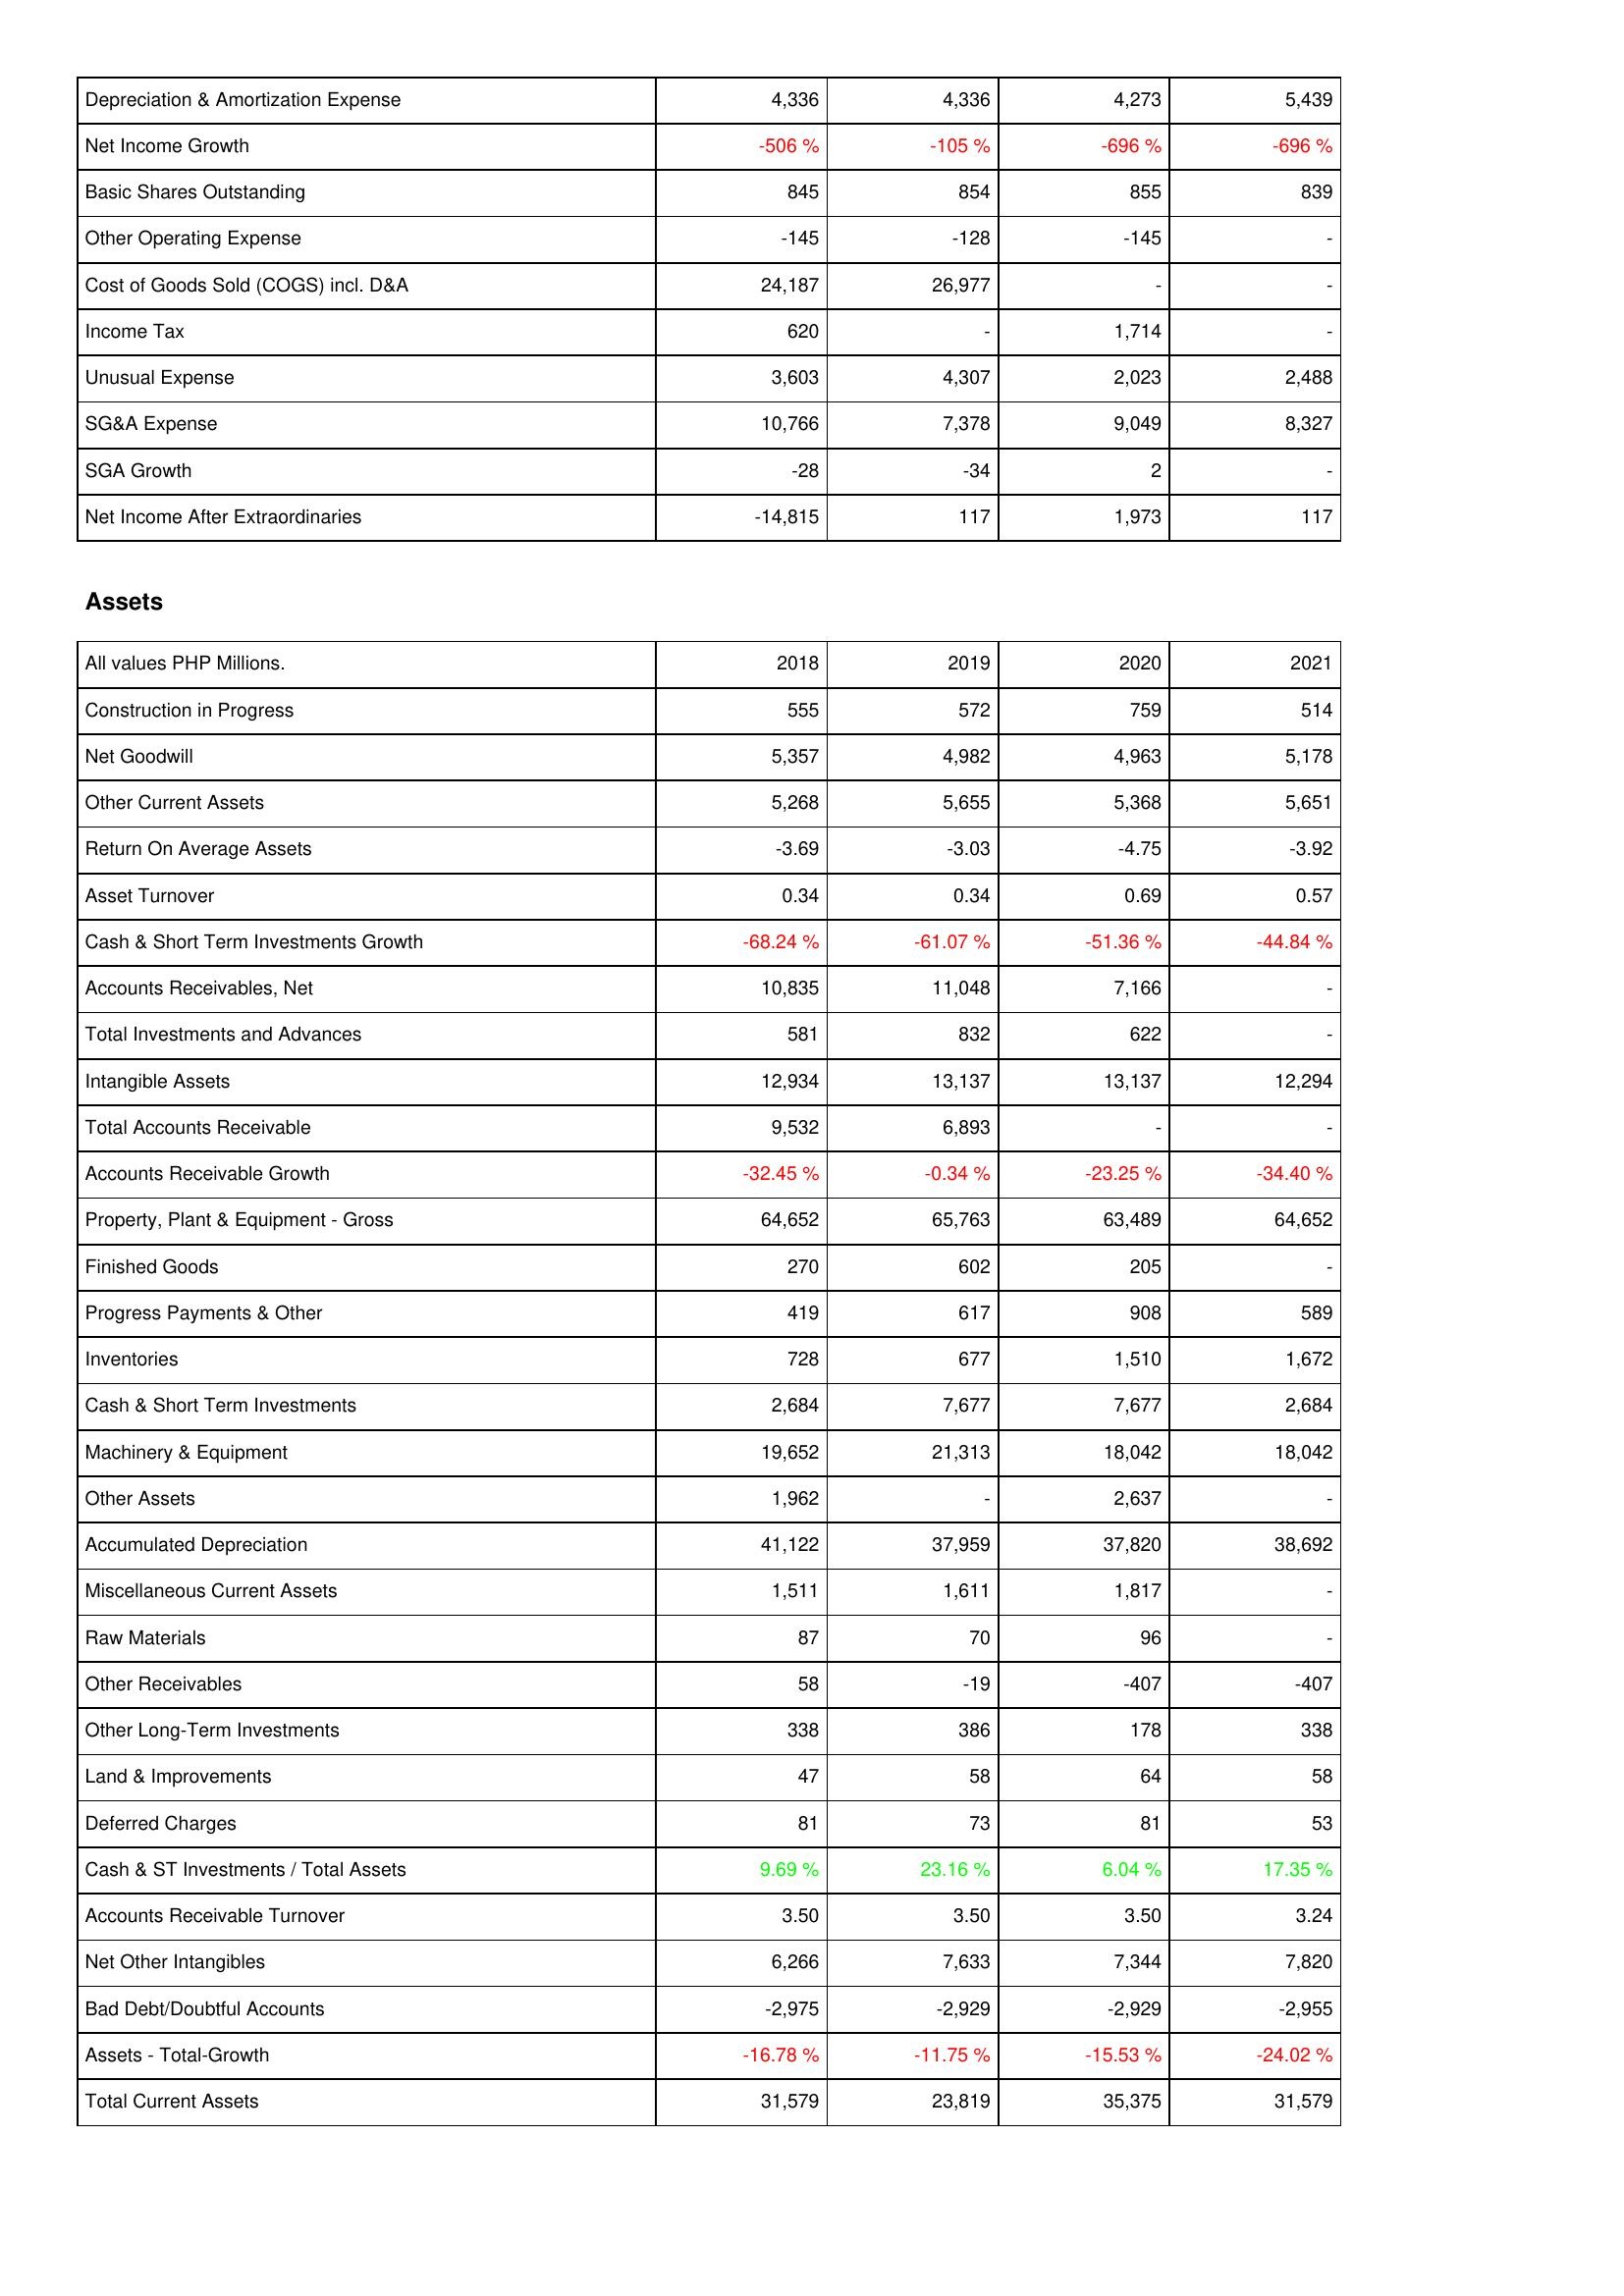
2018: Income Statement: Depreciation & Amortization Expense: 4,336
Net Income Growth: -506 %
Basic Shares Outstanding: 845
Other Operating Expense: -145
Cost of Goods Sold (COGS) incl. D&A: 24,187
Income Tax: 620
Unusual Expense: 3,603
SG&A Expense: 10,766
SGA Growth: -28
Net Income After Extraordinaries: -14,815
Assets: Construction in Progress: 555
Net Goodwill: 5,357
Other Current Assets: 5,268
Return On Average Assets: -3.69
Asset Turnover: 0.34
Cash & Short Term Investments Growth: -68.24 %
Accounts Receivables, Net: 10,835
Total Investments and Advances: 581
Intangible Assets: 12,934
Total Accounts Receivable: 9,532
Accounts Receivable Growth: -32.45 %
Property, Plant & Equipment - Gross: 64,652
Finished Goods: 270
Progress Payments & Other: 419
Inventories: 728
Cash & Short Term Investments: 2,684
Machinery & Equipment: 19,652
Other Assets: 1,962
Accumulated Depreciation: 41,122
Miscellaneous Current Assets: 1,511
Raw Materials: 87
Other Receivables: 58
Other Long-Term Investments: 338
Land & Improvements: 47
Deferred Charges: 81
Cash & ST Investments / Total Assets: 9.69 %
Accounts Receivable Turnover: 3.50
Net Other Intangibles: 6,266
Bad Debt/Doubtful Accounts: -2,975
Assets - Total-Growth: -16.78 %
Total Current Assets: 31,579
2019: Income Statement: Depreciation & Amortization Expense: 4,336
Net Income Growth: -105 %
Basic Shares Outstanding: 854
Other Operating Expense: -128
Cost of Goods Sold (COGS) incl. D&A: 26,977
Income Tax: -
Unusual Expense: 4,307
SG&A Expense: 7,378
SGA Growth: -34
Net Income After Extraordinaries: 117
Assets: Construction in Progress: 572
Net Goodwill: 4,982
Other Current Assets: 5,655
Return On Average Assets: -3.03
Asset Turnover: 0.34
Cash & Short Term Investments Growth: -61.07 %
Accounts Receivables, Net: 11,048
Total Investments and Advances: 832
Intangible Assets: 13,137
Total Accounts Receivable: 6,893
Accounts Receivable Growth: -0.34 %
Property, Plant & Equipment - Gross: 65,763
Finished Goods: 602
Progress Payments & Other: 617
Inventories: 677
Cash & Short Term Investments: 7,677
Machinery & Equipment: 21,313
Other Assets: -
Accumulated Depreciation: 37,959
Miscellaneous Current Assets: 1,611
Raw Materials: 70
Other Receivables: -19
Other Long-Term Investments: 386
Land & Improvements: 58
Deferred Charges: 73
Cash & ST Investments / Total Assets: 23.16 %
Accounts Receivable Turnover: 3.50
Net Other Intangibles: 7,633
Bad Debt/Doubtful Accounts: -2,929
Assets - Total-Growth: -11.75 %
Total Current Assets: 23,819
2020: Income Statement: Depreciation & Amortization Expense: 4,273
Net Income Growth: -696 %
Basic Shares Outstanding: 855
Other Operating Expense: -145
Cost of Goods Sold (COGS) incl. D&A: -
Income Tax: 1,714
Unusual Expense: 2,023
SG&A Expense: 9,049
SGA Growth: 2
Net Income After Extraordinaries: 1,973
Assets: Construction in Progress: 759
Net Goodwill: 4,963
Other Current Assets: 5,368
Return On Average Assets: -4.75
Asset Turnover: 0.69
Cash & Short Term Investments Growth: -51.36 %
Accounts Receivables, Net: 7,166
Total Investments and Advances: 622
Intangible Assets: 13,137
Total Accounts Receivable: -
Accounts Receivable Growth: -23.25 %
Property, Plant & Equipment - Gross: 63,489
Finished Goods: 205
Progress Payments & Other: 908
Inventories: 1,510
Cash & Short Term Investments: 7,677
Machinery & Equipment: 18,042
Other Assets: 2,637
Accumulated Depreciation: 37,820
Miscellaneous Current Assets: 1,817
Raw Materials: 96
Other Receivables: -407
Other Long-Term Investments: 178
Land & Improvements: 64
Deferred Charges: 81
Cash & ST Investments / Total Assets: 6.04 %
Accounts Receivable Turnover: 3.50
Net Other Intangibles: 7,344
Bad Debt/Doubtful Accounts: -2,929
Assets - Total-Growth: -15.53 %
Total Current Assets: 35,375
2021: Income Statement: Depreciation & Amortization Expense: 5,439
Net Income Growth: -696 %
Basic Shares Outstanding: 839
Other Operating Expense: -
Cost of Goods Sold (COGS) incl. D&A: -
Income Tax: -
Unusual Expense: 2,488
SG&A Expense: 8,327
SGA Growth: -
Net Income After Extraordinaries: 117
Assets: Construction in Progress: 514
Net Goodwill: 5,178
Other Current Assets: 5,651
Return On Average Assets: -3.92
Asset Turnover: 0.57
Cash & Short Term Investments Growth: -44.84 %
Accounts Receivables, Net: -
Total Investments and Advances: -
Intangible Assets: 12,294
Total Accounts Receivable: -
Accounts Receivable Growth: -34.40 %
Property, Plant & Equipment - Gross: 64,652
Finished Goods: -
Progress Payments & Other: 589
Inventories: 1,672
Cash & Short Term Investments: 2,684
Machinery & Equipment: 18,042
Other Assets: -
Accumulated Depreciation: 38,692
Miscellaneous Current Assets: -
Raw Materials: -
Other Receivables: -407
Other Long-Term Investments: 338
Land & Improvements: 58
Deferred Charges: 53
Cash & ST Investments / Total Assets: 17.35 %
Accounts Receivable Turnover: 3.24
Net Other Intangibles: 7,820
Bad Debt/Doubtful Accounts: -2,955
Assets - Total-Growth: -24.02 %
Total Current Assets: 31,579